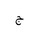
Letter: _gim